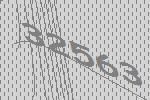
32563